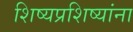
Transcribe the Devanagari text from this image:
शिष्यप्रशिष्यांना